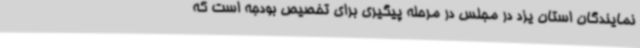
نمایندگان استان یزد در مجلس در مرحله پیگیری برای تخصیص بودجه است که